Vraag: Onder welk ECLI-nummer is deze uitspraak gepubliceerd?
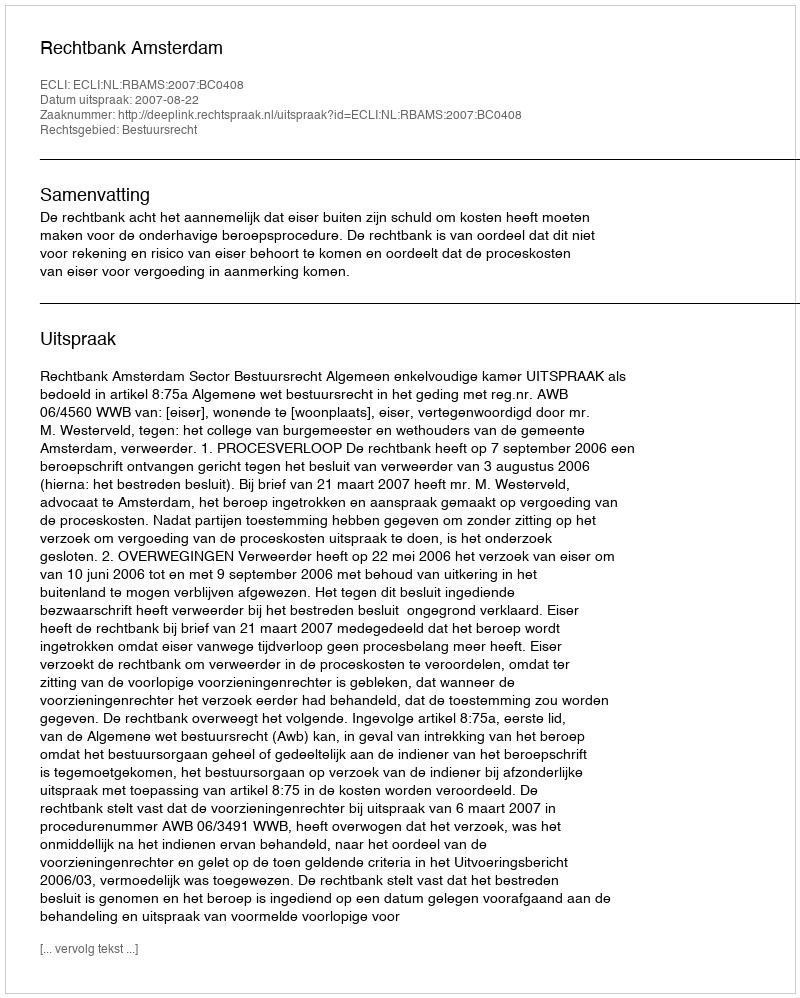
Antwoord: ECLI:NL:RBAMS:2007:BC0408